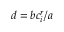
d = b c _ { i } ^ { r } / a